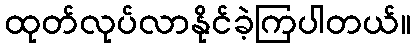
ထုတ်လုပ်လာနိုင်ခဲ့ကြပါတယ်။